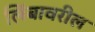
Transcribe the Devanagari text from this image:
लिंबावरील